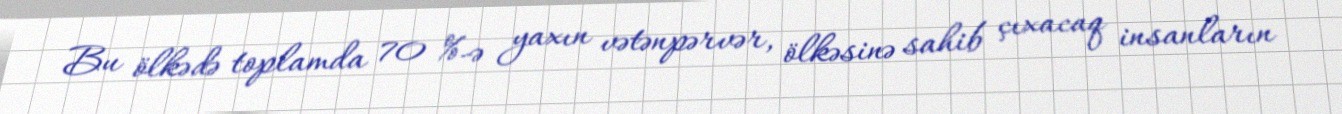
Bu ölkədə toplamda 70 %-ə yaxın vətənpərvər, ölkəsinə sahib çıxacaq insanların